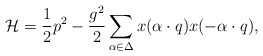
\begin{align*}{\cal H}={1\over2}p^2-{g^2\over2}\sum_{\alpha\in\Delta} x(\alpha\cdot q)x(-\alpha\cdot q), \end{align*}